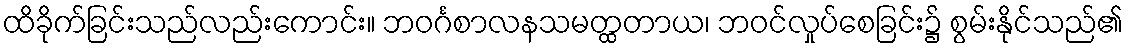
ထိခိုက်ခြင်းသည်လည်းကောင်း။ ဘဝင်္ဂစာလနသမတ္ထတာယ၊ ဘဝင်လှုပ်စေခြင်း၌ စွမ်းနိုင်သည်၏